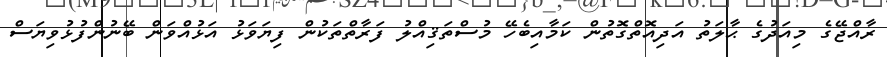
ރާއްޖޭގެ މިއަދުގެ ޙާލަތު އަދިއޮތްގޮތުން ކަމާއިބެހޭ މުސްތަޤިއްލު ފަރާތްތަކުން ފިޔަވަޅު އަޅުއްވަން ބޭނުންފުޅުވިޔަސް